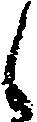
し